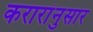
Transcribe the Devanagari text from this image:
करारांनुसार